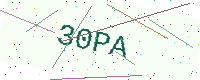
Text: 30PA